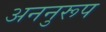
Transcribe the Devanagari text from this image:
अननुरूप